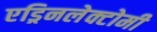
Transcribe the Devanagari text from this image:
एड्रिनलेक्टोमी